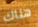
هناك